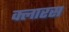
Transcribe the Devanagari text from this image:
क्लारस